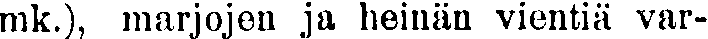
mk.), marjojen ja heinän vientiä var-